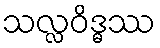
သလ္လဝိဒ္ဓဿ